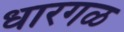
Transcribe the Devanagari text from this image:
धारगळ